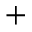
+